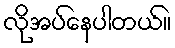
လိုအပ်နေပါတယ်။